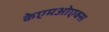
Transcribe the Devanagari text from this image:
केएमओएक्स